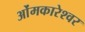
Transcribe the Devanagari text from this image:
ओंमकारेश्‍वर